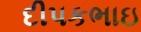
દીપકભાઇ